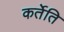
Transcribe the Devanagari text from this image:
कर्तेति